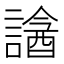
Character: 𧫧